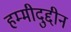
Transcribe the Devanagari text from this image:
हम्मीदुद्दीन